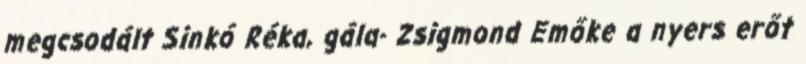
megcsodált Sinkó Réka, gála- Zsigmond Emőke a nyers erőt